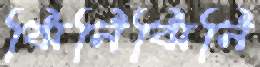
ঝিনিঝিনি